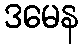
ဒမေန